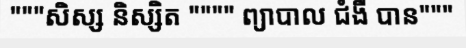
"""សិស្ស និស្សិត """" ព្យាបាល ជំងឺ បាន"""